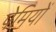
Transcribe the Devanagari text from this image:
पेमियों